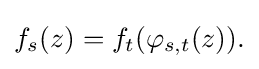
\displaystyle {f_{s}(z)=f_{t}(\varphi _{s,t}(z)).}